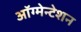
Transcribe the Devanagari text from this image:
ऑग्मेन्टेशन